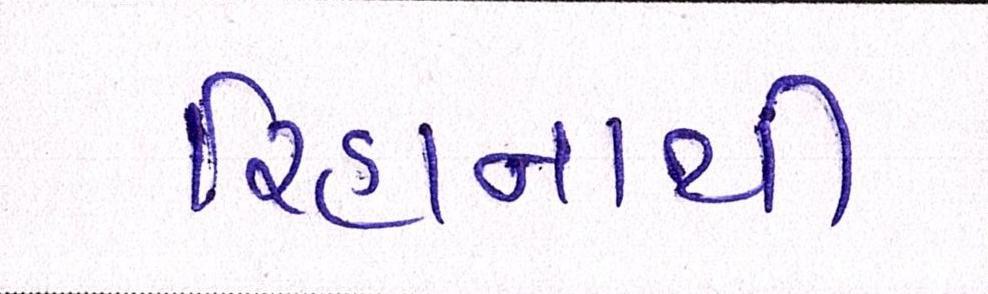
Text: રિહાનાથી